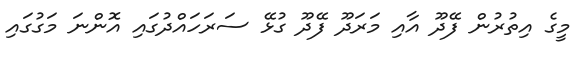
މީގެ އިތުރުން ފޭދޫ އާއި މަރަދޫ ފޭދޫ ގުޅޭ ސަރަހައްދުގައި އޮންނަ މަގުގައި